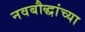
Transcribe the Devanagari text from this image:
नवबौद्धांच्या